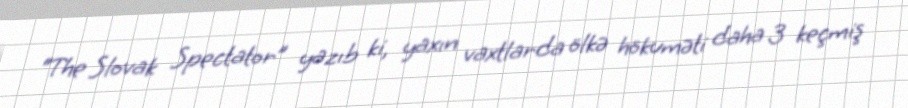
“The Slovak Spectator” yazıb ki, yaxın vaxtlarda ölkə hökuməti daha 3 keçmiş